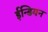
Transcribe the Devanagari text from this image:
ईन्डियन